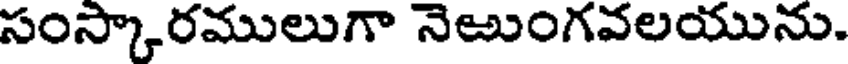
సంస్కారములుగా నెఱుంగవలయును.